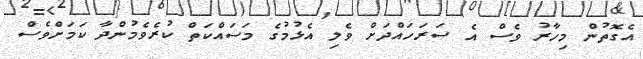
އެގޮތުން މިހާރު ވެސް އެ ސަރަހައްދަށް ވެލި އެޅުމުގެ މަސައްކަތް ކުރެވެމުންދާ ކަމަށްވެސް